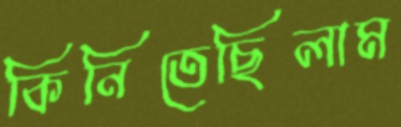
কিনিতেছিলাম